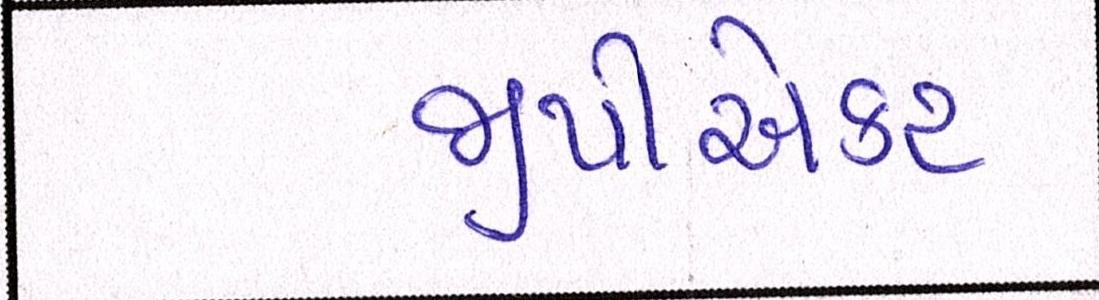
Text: જીપીએકટ